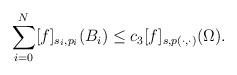
LaTeX: \begin{align*} \sum_{i=0}^{N}\lbrack f\rbrack_{s_i,p_{i}}(B_{i}) \leq c_{3}\lbrack f\rbrack _{s,p(\cdot,\cdot)}(\Omega). \end{align*}